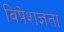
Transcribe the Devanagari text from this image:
विषेशज्ञता